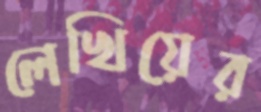
লেখিয়ের